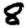
Digit: 8